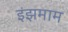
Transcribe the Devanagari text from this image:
इंझमाम